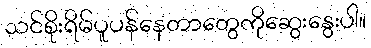
သင်စိုးရိမ်ပူပန်နေတာတွေကိုဆွေးနွေးပါ။